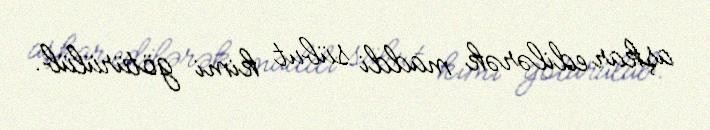
aşkar edilərək maddi sübut kimi götürülüb.